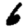
Digit: 6